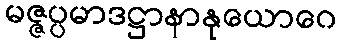
မဇ္ဇပ္ပမာဒဋ္ဌာနာနုယောဂေ